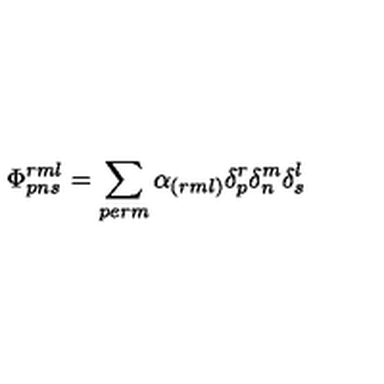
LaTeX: \Phi _ { p n s } ^ { r m l } = \sum _ { p e r m } \alpha _ { ( r m l ) } \delta _ { p } ^ { r } \delta _ { n } ^ { m } \delta _ { s } ^ { l }